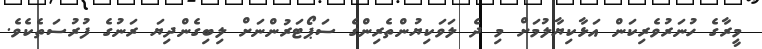
މީރާގެ ހުނަރުވެރިކަން އަޅާކިޔާލުމަށް މި ދެ ލަވަކިޔުންތެރިންގެ ސަޕޯޓަރުންނަށް ލިބިގެންދިޔަ ރަނުގެ ފުރުސަތެކެވެ.